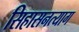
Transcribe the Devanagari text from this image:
सिहासनत्याग